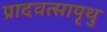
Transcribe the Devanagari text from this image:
प्रादवत्सापृथु